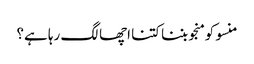
منسو کو منجو بننا کتنا اچھا لگ رہا ہے؟